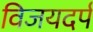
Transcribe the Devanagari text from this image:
विजयदर्प